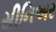
સીનિઅર